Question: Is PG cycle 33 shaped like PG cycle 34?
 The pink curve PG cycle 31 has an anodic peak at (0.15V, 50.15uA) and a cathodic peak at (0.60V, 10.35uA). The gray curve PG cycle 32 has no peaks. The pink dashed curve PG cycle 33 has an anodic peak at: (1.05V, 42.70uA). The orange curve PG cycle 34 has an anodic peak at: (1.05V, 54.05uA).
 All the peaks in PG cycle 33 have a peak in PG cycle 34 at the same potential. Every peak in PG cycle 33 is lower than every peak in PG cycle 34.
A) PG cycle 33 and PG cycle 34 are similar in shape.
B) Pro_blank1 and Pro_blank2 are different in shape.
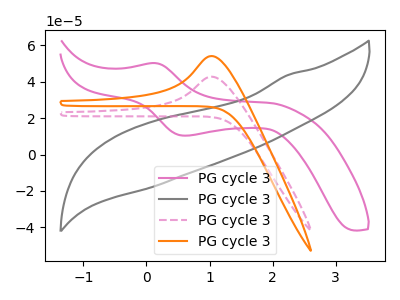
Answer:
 <answer>A) "PG cycle 33" and "PG cycle 34" are similar in shape.</answer>
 <eval>A</eval>